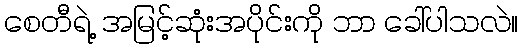
စေတီရဲ့ အမြင့်ဆုံးအပိုင်းကို ဘာ ခေါ်ပါသလဲ။